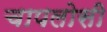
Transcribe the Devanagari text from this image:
चापलोसी